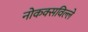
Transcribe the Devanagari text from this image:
नोकक्सविल्ले